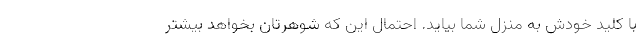
با کلید خودش به منزل شما بیاید. احتمال این که شوهرتان بخواهد بیشتر